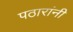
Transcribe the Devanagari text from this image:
पठारांनी